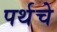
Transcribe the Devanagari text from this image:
पर्थचे